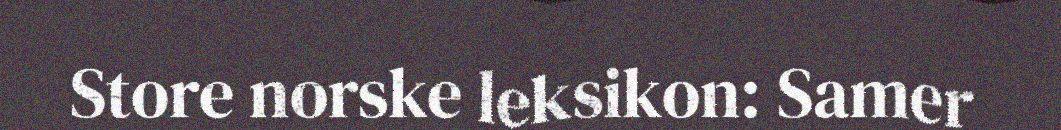
Store norske leksikon: Samer